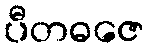
ပီတဓဇေ